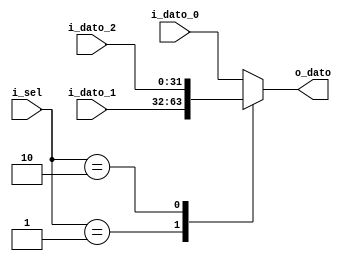
`timescale 1ns / 1ps

module Mux3#(
    parameter BUS_WIDTH = 32
    )(
    input wire [1:0] i_sel,
    input wire [BUS_WIDTH-1:0] i_dato_0,
    input wire [BUS_WIDTH-1:0] i_dato_1,
    input wire [BUS_WIDTH-1:0] i_dato_2,
        
    output reg [BUS_WIDTH-1:0] o_dato  
    );

    // No lleva clock
    always @(*) begin
        case (i_sel)
            2'b00: o_dato = i_dato_0;
            2'b01: o_dato = i_dato_1;
            2'b10: o_dato = i_dato_2;

        default: o_dato = i_dato_0;
     endcase
end
   
endmodule